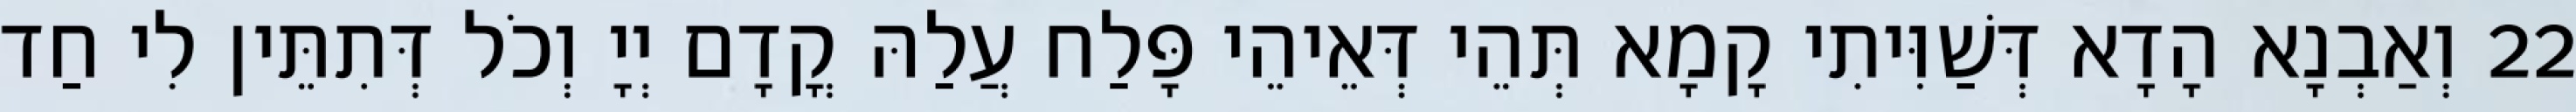
22 וְאַבְנָא הָדָא דְּשַׁוִּיתִי קָמָא תְּהֵי דְּאֵיהֵי פָּלַח עֲלַהּ קֳדָם יְיָ וְכֹל דְּתִתֵּין לִי חַד